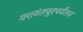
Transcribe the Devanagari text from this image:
यशवंतपूरपर्यंतच